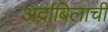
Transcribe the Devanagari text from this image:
अर्दाबिलाची